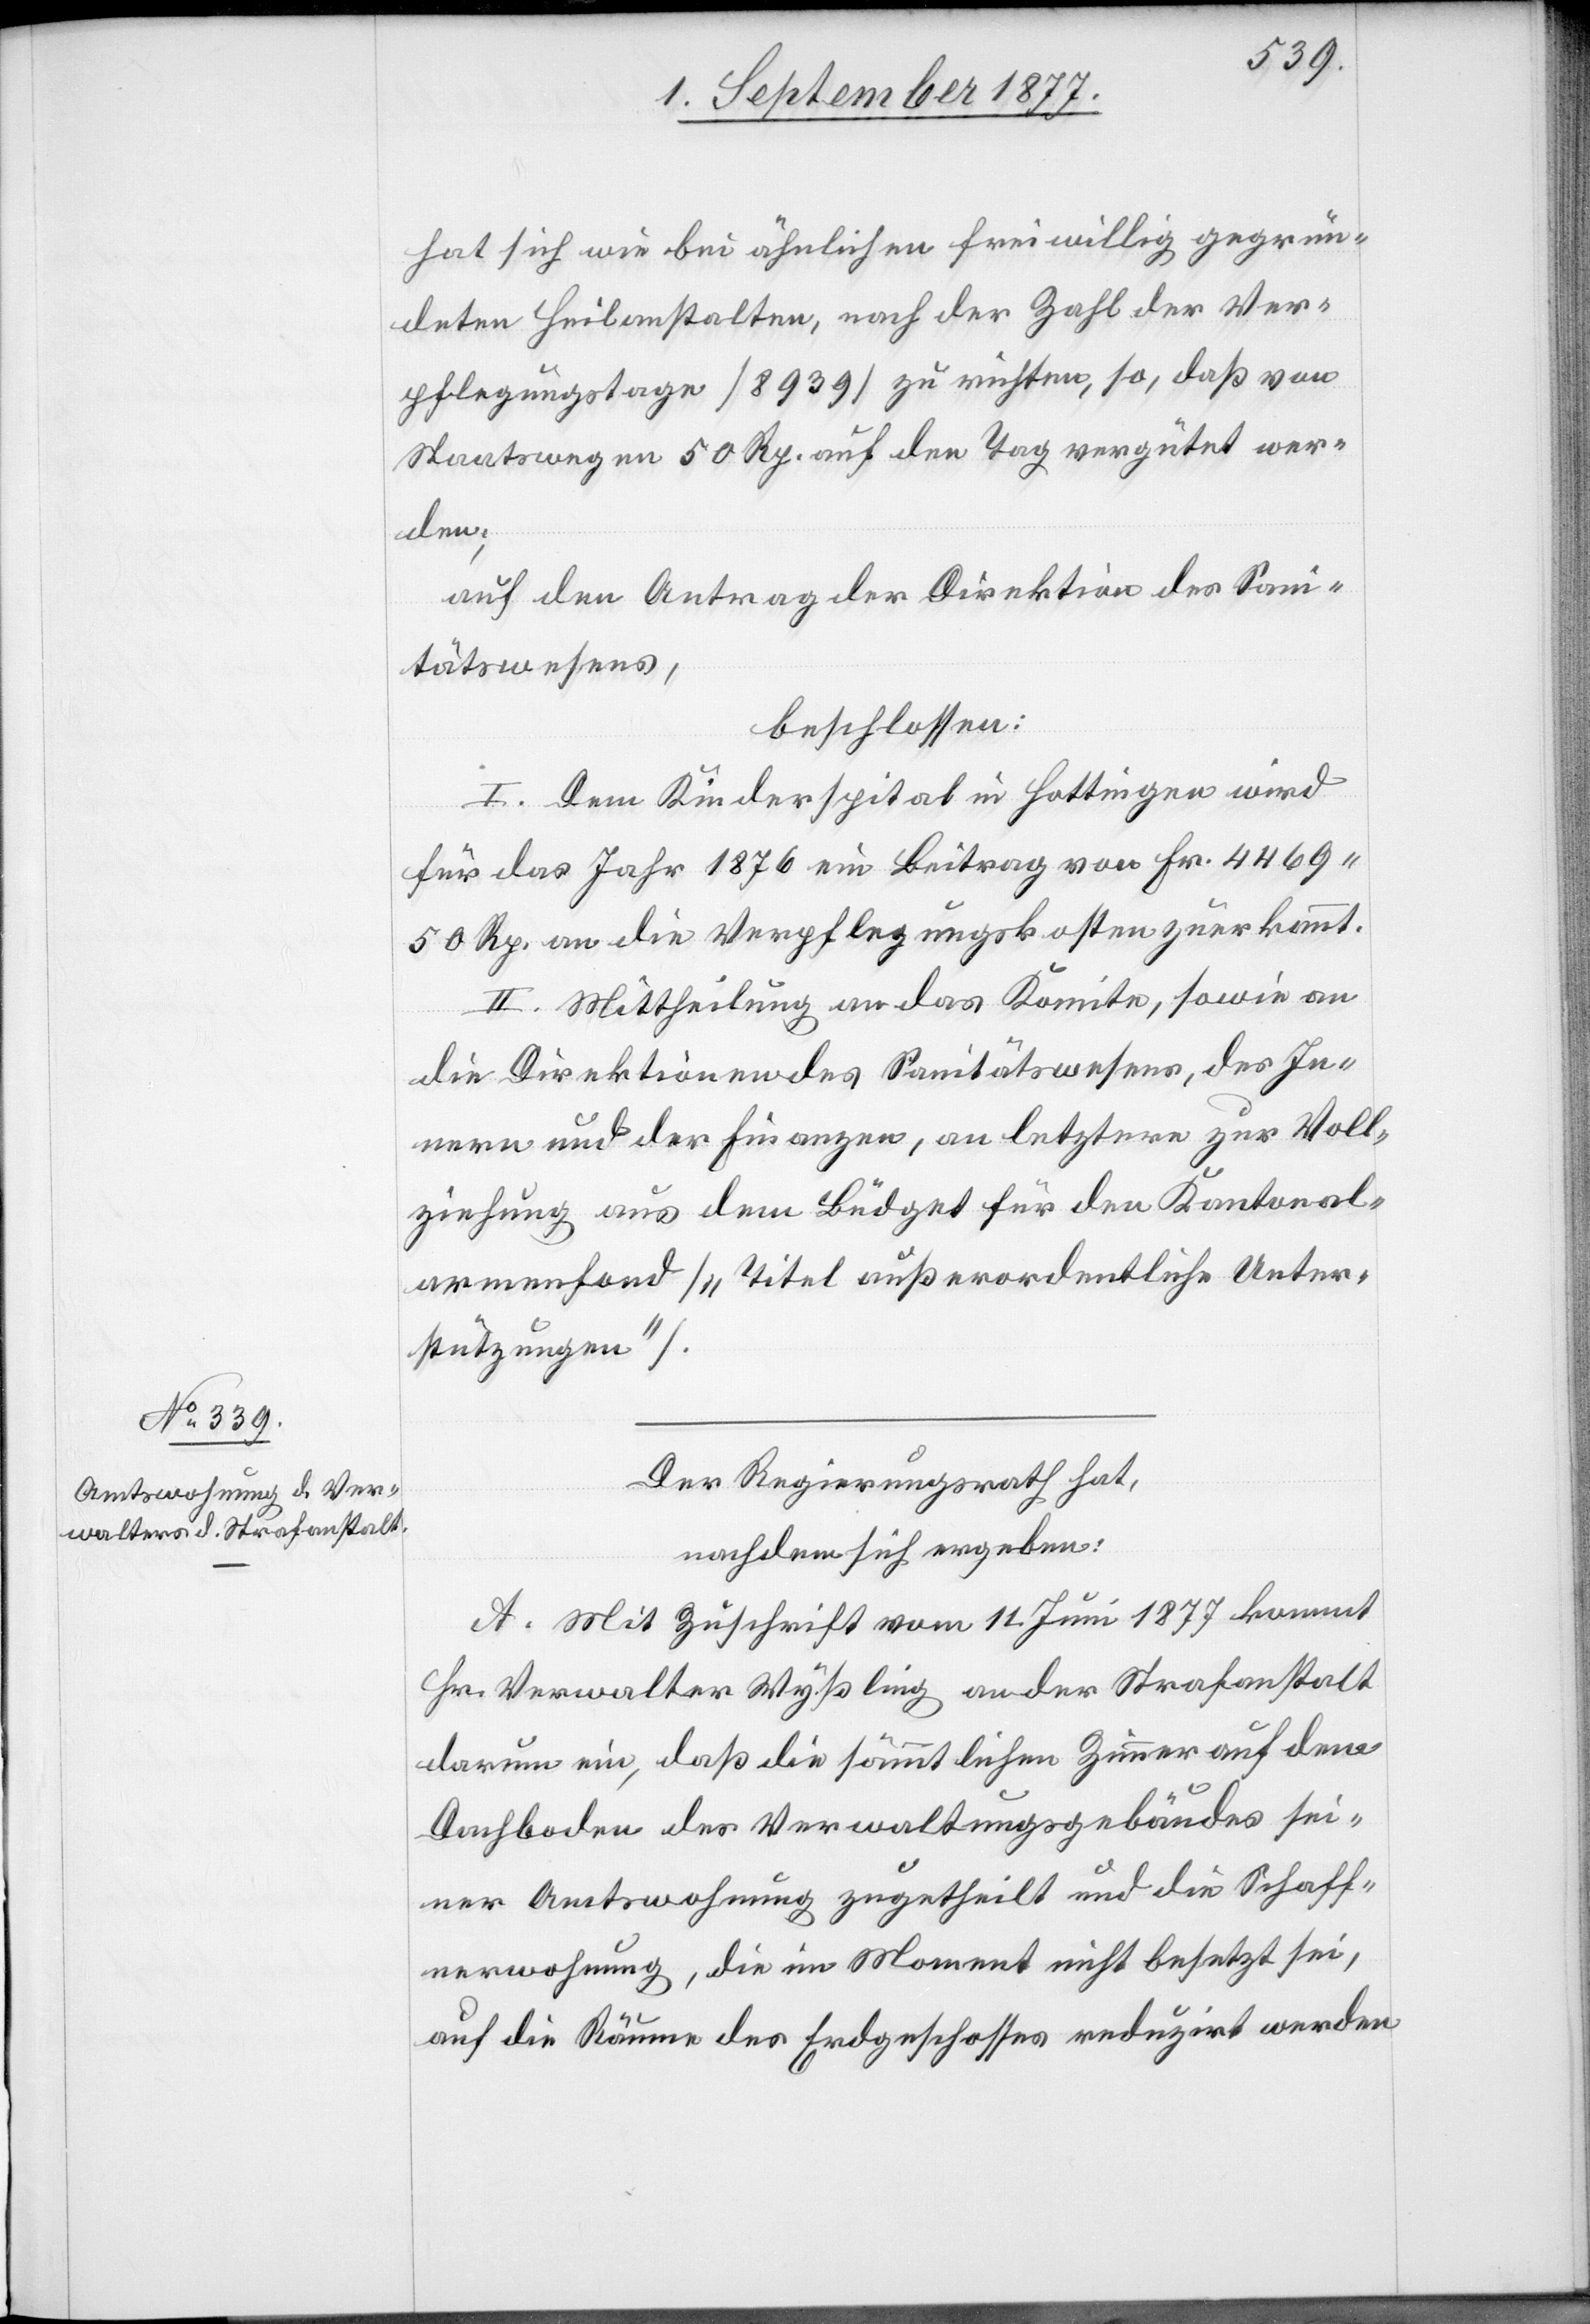
hat sich wie bei ähnlichen freiwillig gegrün¬
deten Heilanstalten, nach der Zahl der Ver¬
pflegungstage [8939] zu richten, so, daß von
Staatswegen 50 Rp. auf den Tag vergütet wer¬
den;
auf den Antrag der Direktion des Sani¬
tätswesens,
beschlossen:
I. Dem Kinderspital in Hottingen wird
für das Jahr 1876 ein Beitrag von Fr. 4469
50 Rp. an die Verpflegungskosten zuerkannt.
II. Mittheilung an das Komite, sowie an
die Direktionen des Sanitätswesens, des In¬
nern und der Finanzen, an letztere zur Voll¬
ziehung aus dem Büdget für den Kantonal¬
armenfond [„Titel außerordentliche Unter¬
stützungen“].
Der Regierungsrath hat,
nachdem sich ergeben:
A. Mit Zuschrift vom 11. Juni 1877 kommt
Hr. Verwalter Wyßling an der Strafanstalt
darum ein, daß die sämmtlichen Zimmer auf dem
Dachboden des Verwaltungsgebäudes sei¬
ner Amtswohnung zugetheilt und die Schaff¬
nerwohnung, die im Moment nicht besetzt sei,
auf die Räume des Erdgeschosses reduzirt werden